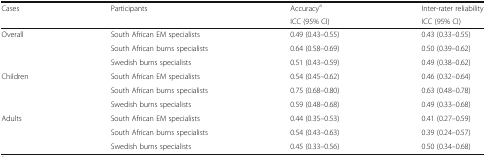
<table><thead><tr><td><b>Cases</b></td><td><b>Participants</b></td><td><b>Accuracy<sup>a</sup></b></td><td><b>Inter-rater reliability</b></td></tr><tr><td>[EMPTY_CELL]</td><td>[EMPTY_CELL]</td><td><b>ICC (95% CI)</b></td><td><b>ICC (95% CI)</b></td></tr></thead><tbody><tr><td rowspan="3">Overall</td><td>South African EM specialists</td><td>0.49 (0.43–0.55)</td><td>0.43 (0.33–0.55)</td></tr><tr><td>South African burns specialists</td><td>0.64 (0.58–0.69)</td><td>0.50 (0.39–0.62)</td></tr><tr><td>Swedish burns specialists</td><td>0.51 (0.43–0.59)</td><td>0.49 (0.38–0.62)</td></tr><tr><td rowspan="3">Children</td><td>South African EM specialists</td><td>0.54 (0.45–0.62)</td><td>0.46 (0.32–0.64)</td></tr><tr><td>South African burns specialists</td><td>0.75 (0.68–0.80)</td><td>0.63 (0.48–0.78)</td></tr><tr><td>Swedish burns specialists</td><td>0.59 (0.48–0.68)</td><td>0.49 (0.33–0.68)</td></tr><tr><td rowspan="3">Adults</td><td>South African EM specialists</td><td>0.44 (0.35–0.53)</td><td>0.41 (0.27–0.59)</td></tr><tr><td>South African burns specialists</td><td>0.54 (0.43–0.63)</td><td>0.39 (0.24–0.57)</td></tr><tr><td>Swedish burns specialists</td><td>0.45 (0.33–0.56)</td><td>0.50 (0.34–0.68)</td></tr></tbody></table>